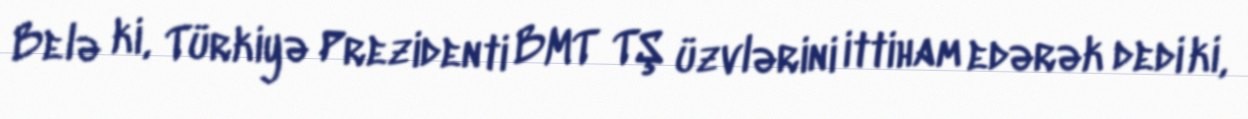
Belə ki, Türkiyə Prezidenti BMT TŞ üzvlərini ittiham edərək dedi ki,